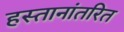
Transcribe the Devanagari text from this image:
हस्तानांतरित